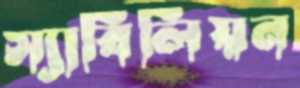
স্যাবিলিয়ন